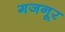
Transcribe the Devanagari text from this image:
गजनूर